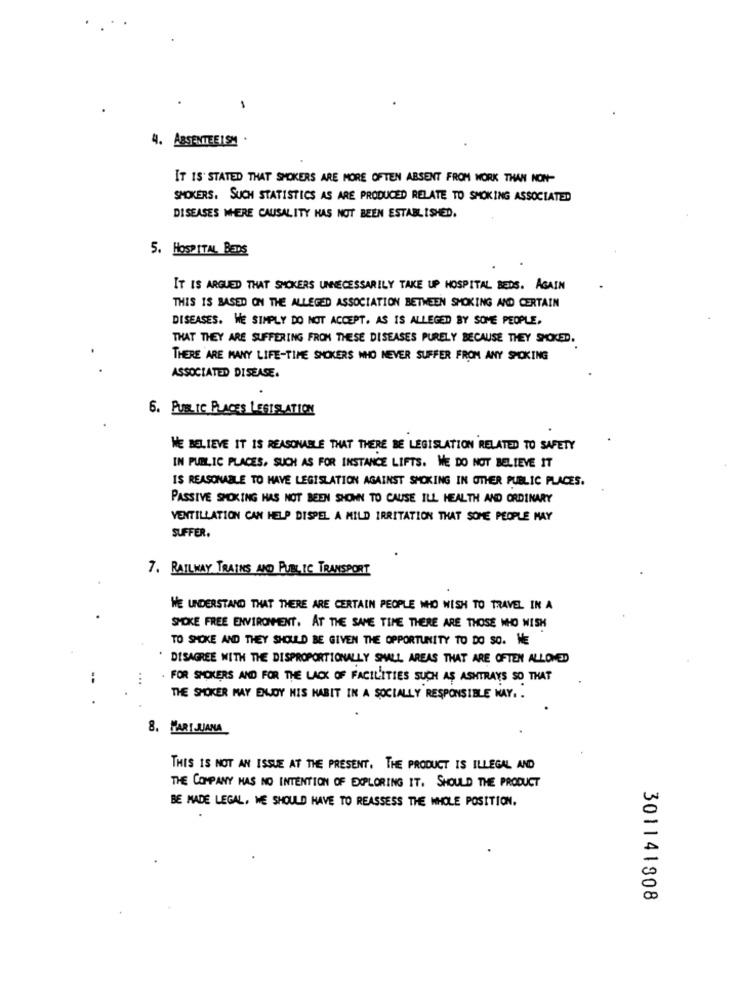
-
4. ABSENTEEISM
IT IS STATED THAT SMOKERS ARE MORE OFTEN ABSENT FROM WORK THAN NON-
SMOKERS. SUCH STATISTICS AS ARE PRODUCED RELATE TO SMOKING ASSOCIATED
DISEASES WHERE CAUSALITY HAS NOT BEEN ESTABLISHED.
5. HOSPITAL BEDS
IT IS ARGUED THAT SMOKERS UNNECESSARILY TAKE UP HOSPITAL BEDS. AGAIN
THIS IS BASED ON THE ALLEGED ASSOCIATION BETWEEN SMOKING AND CERTAIN
DISEASES. WE SIMPLY DO NOT ACCEPT. AS IS ALLEGED BY SOME PEOPLE,
THAT THEY ARE SUFFERING FROM THESE DISEASES PURELY BECAUSE THEY SMOKED.
THERE ARE MANY LIFE-TIME SMOKERS WHO NEVER SUFFER FROM ANY SMOKING
ASSOCIATED DISEASE.
6. PUBLIC PLACES LEGISLATION
WE BELIEVE IT IS REASONABLE THAT THERE BE LEGISLATION RELATED TO SAFETY
IN PUBLIC PLACES, SUCH AS FOR INSTANCE LIFTS. WE DO NOT BELIEVE IT
IS REASONABLE TO HAVE LEGISLATION AGAINST SMOKING IN OTHER PUBLIC PLACES.
PASSIVE SMOKING HAS NOT BEEN SHOWN TO CAUSE ILL HEALTH AND ORDINARY
VENTILLATION CAN HELP DISPEL A MILD IRRITATION THAT SOME PEOPLE MAY
SUFFER.
7. RAILWAY TRAINS AND PUBLIC TRANSPORT
WE UNDERSTAND THAT THERE ARE CERTAIN PEOPLE WHO WISH TO TRAVEL IN A
SMOKE FREE ENVIRONMENT. AT THE SAME TIME THERE ARE THOSE WHO WISH
TO SMOKE AND THEY SHOULD BE GIVEN THE OPPORTUNITY TO DO SO. WE
DISAGREE WITH THE DISPROPORTIONALLY SMALL AREAS THAT ARE OFTEN ALLOWED
...
FOR SMOKERS AND FOR THE LACK OF FACILITIES SUCH AS ASHTRAYS SO THAT
THE SMOKER MAY ENLOY HIS HABIT IN A SOCIALLY RESPONSIBLE MAY. .
8. MARIJUANA
THIS IS NOT AN ISSUE AT THE PRESENT, THE PRODUCT IS ILLEGAL AND
THE COMPANY HAS NO INTENTION OF EXPLORING IT. SHOULD THE PRODUCT
BE MADE LEGAL, WE SHOULD HAVE TO REASSESS THE WHOLE POSITION.
301141808